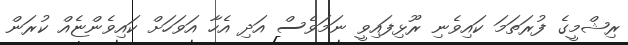
ރިޝްމީގެ ފުރަތަމަ ކައިވެނި ރޫޅިފައިވީ ނަމަވެސް އަދި އެހާ އަވަހަށް ކައިވެންޏެއް ކުރަން